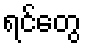
ရင်တွေ